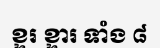
ខ្ទរ ខ្ទារ ទាំង ៨